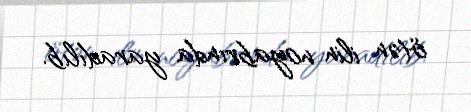
ötən ilin noyabrında yaradılıb.